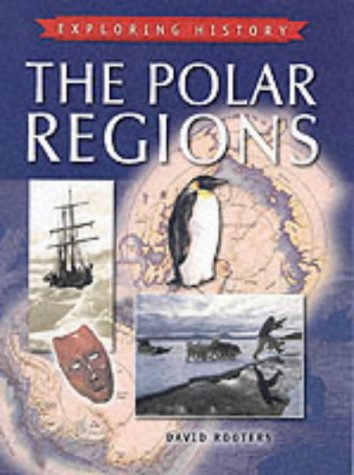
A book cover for Polar Regions (Exploring History); David Rootes; Children's Books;